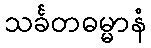
သင်္ခတဓမ္မာနံ